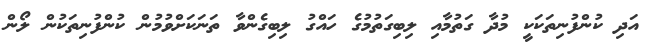
އަދި ކުންފުނިތަކަކީ މުދާ ގަތުމާއި ލިބިގަތުމުގެ ހައްގު ލިބިގެންވާ ތަނަކަށްވުމުން ކުންފުނިތަކުން ލޯން